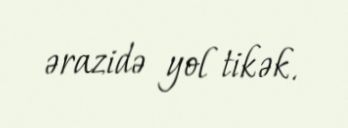
ərazidə yol tikək.